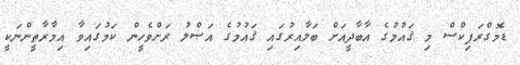
ޑެމޮގްރަފިކްސް މި ޤައުމުގެ އާބާދީއަށް ބަލާއިރުގައި ޤައުމުގެ އަޞްލު ރަށްވެހީން ކަމުގައިވާ އިމާރާތީންނަކީ